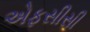
એફસીસી